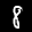
Label: 8